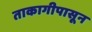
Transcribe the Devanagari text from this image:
ताकागीपासून